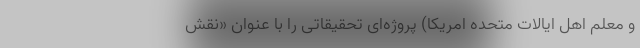
و معلم اهل ایالات متحده امریکا) پروژه‌ای تحقیقاتی را با عنوان «نقش